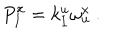
LaTeX: { P } _ { I } ^ { x } = k _ { I } ^ { u } \omega _ { u } ^ { x } \ .